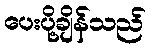
ပေးပို့ချိန်သည်